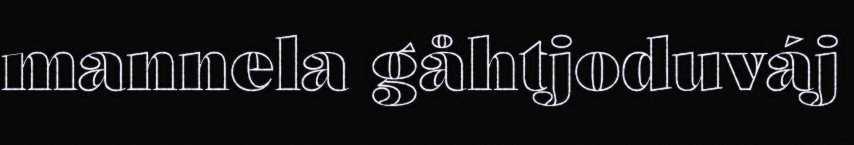
mannela gåhtjoduváj